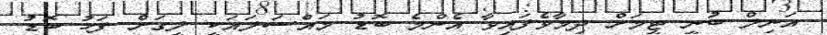
އަނިލް ބުނީ ޓީމަށް ދިމާވެފައިވާ އެންމެ ބޮޑު މައްސަލައަކީ ލީގަށް ފަހު ބޮޑު